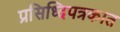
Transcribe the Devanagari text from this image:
प्रसिध्दिपत्रकात